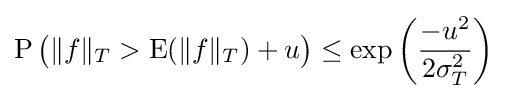
\operatorname {P} {\big (}\|f\|_{T}>\operatorname {E} (\|f\|_{T})+u{\big )}\leq \exp \left({\frac {-u^{2}}{2\sigma _{T}^{2}}}\right)